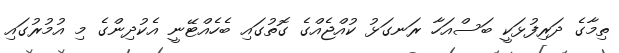
ތިމާގެ ދަރިފުޅަކީ ބަސްއަހާ ރަނގަޅު ކުއްޖެއްގެ ގޮތުގައި ބެހެއްޓޭނީ އެކުދިންގެ މި އުމުރުގައި